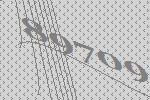
89709